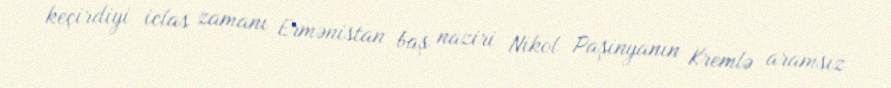
keçirdiyi iclas zamanı Ermənistan baş naziri Nikol Paşinyanın Kremlə aramsız